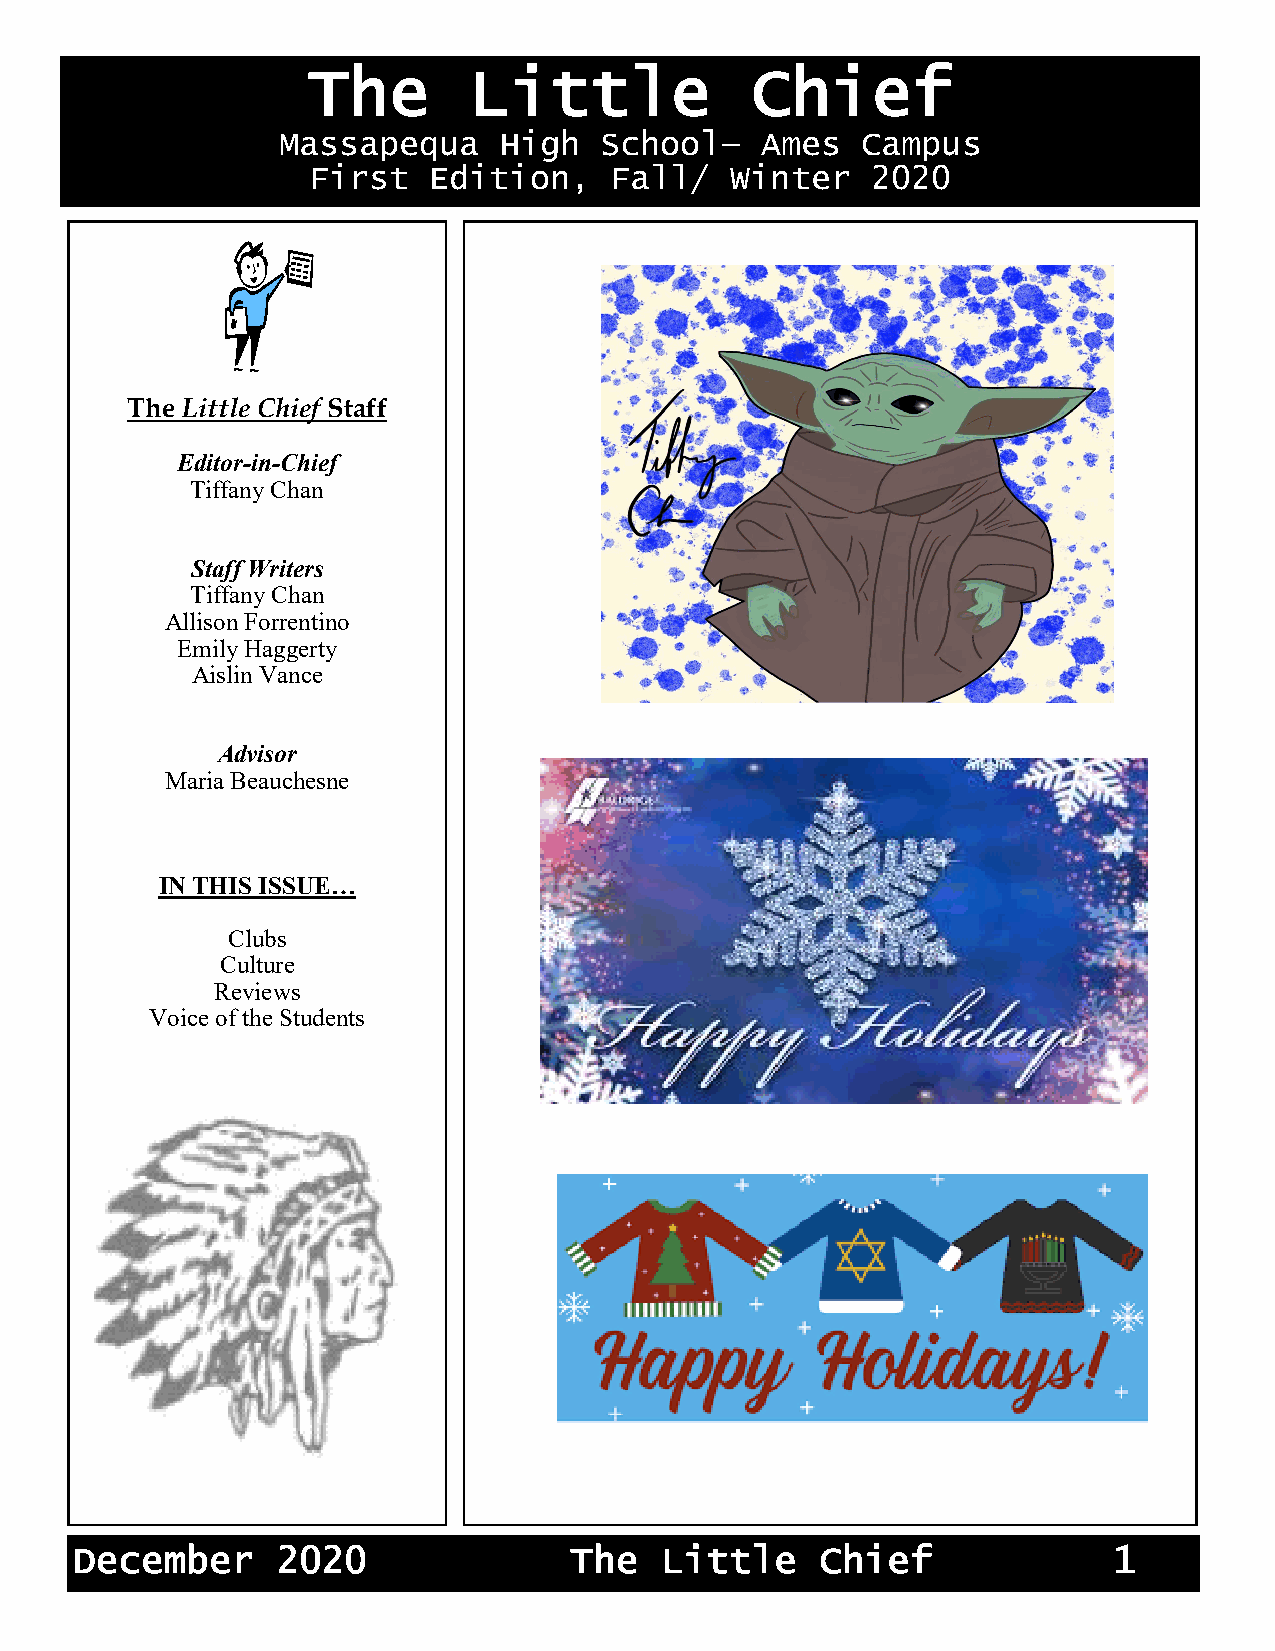
The        Little             Chief
 Massapequa     High   School—   Ames   Campus
 First   Edition,    Fall/   Winter    2020
 The Little Chief Staff
 Editor-in-Chief
 Tiffany Chan
 Staff Writers
 A MMeessssaaggee ffrroomm MMrr.. DDiiCC lleemmeanntde Manrds .M Wrsil.l mWain
 Tiffany Chan
 Allison Forrentino
 Emily Haggerty
 Aislin Vance
 Advisor
 Maria Beauchesne
 A Message from Mrs. Willman and Mrs. Kennedy
 IN THIS ISSUE…
 Clubs
 Culture
 Reviews
 Voice of the Students
 December     2020                The   Little    Chief               1